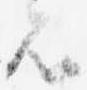
者